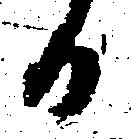
日